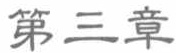
第三章